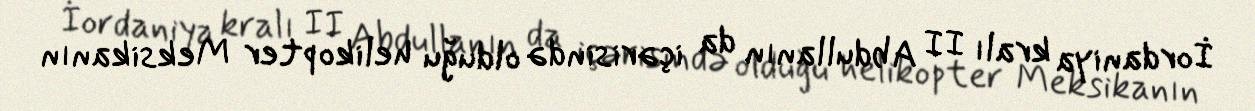
İordaniya kralı II Abdullanın da içərisində olduğu helikopter Meksikanın